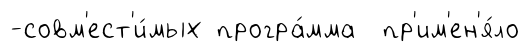
-совм'ест'и́мых програ́мма пр'им'ен'я́ло